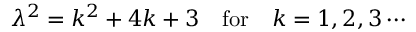
\lambda ^ { 2 } = k ^ { 2 } + 4 k + 3 \quad \mathrm { f o r } \quad k = 1 , 2 , 3 \cdots